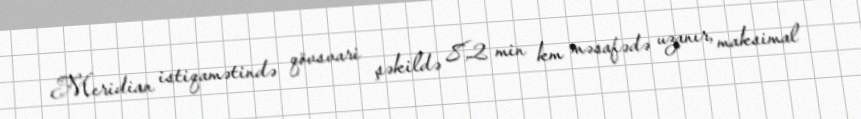
Meridian istiqamətində qövsvari şəkildə 8,2 min km məsafədə uzanır, maksimal